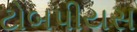
ટોબપીયસ